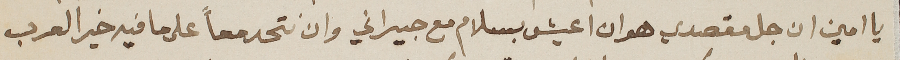
يا امين ان جل مقصدي هو ان اعيش بسلام مع جيراني وان نتحد معاً على ما فيه خير العرب